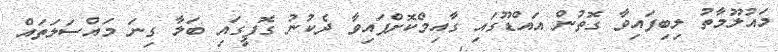
މައުލޫމާތު ލިބިފައިވާ ގޮތުން އައްޑޫގައި ގާއިމްކޮށްފައިވާ ދެކުނު ގޮފީގައި ބަލާ ގިނަ މައްސަލަތައް